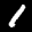
Label: 1